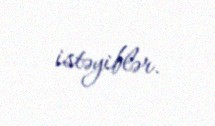
istəyiblər.